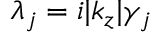
\lambda _ { j } = i | k _ { z } | \gamma _ { j }